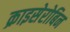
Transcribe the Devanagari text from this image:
क्राइसेरोबिन